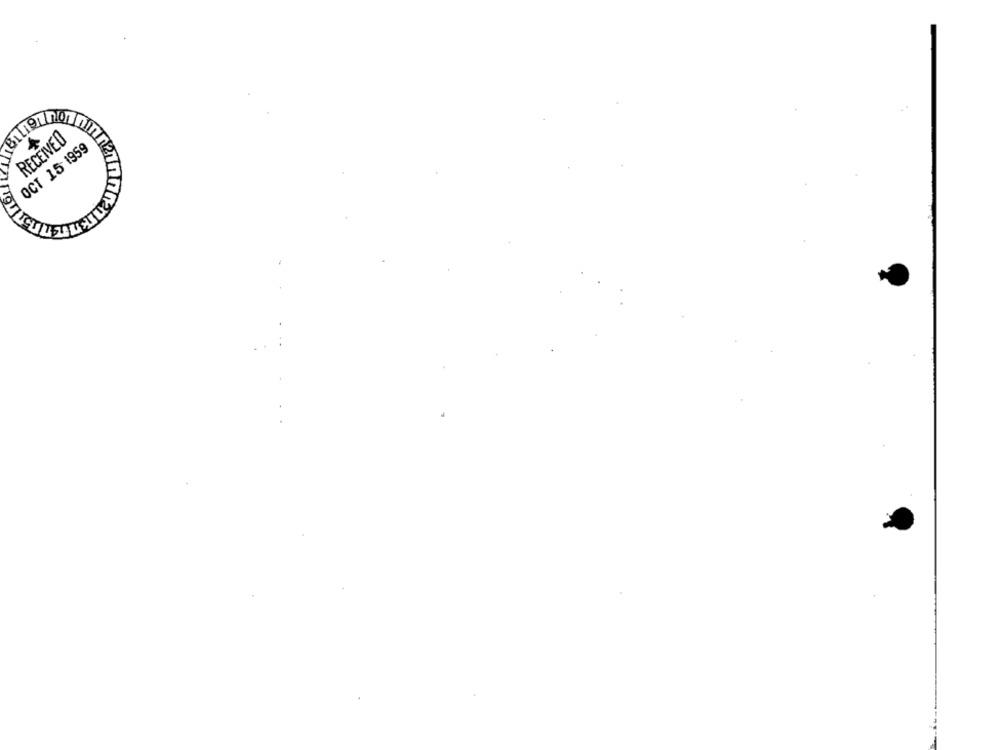
RECEIVED
OCT 15 1959
SITZ